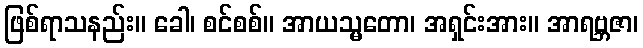
ဖြစ်ရာသနည်း။ ခေါ၊ စင်စစ်။ အာယသ္မတော၊ အရှင်းအား။ အာရဗ္ဘဇာ၊